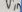
Text: Vin